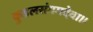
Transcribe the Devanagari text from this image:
कुडलसंगमदेवा।।